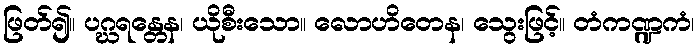
ဖြတ်၍။ ပဂ္ဃရန္တေန၊ ယိုစီးသော။ လောဟိတေန၊ သွေးဖြင့်။ တံကဏ္ဍကံ၊